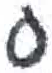
אות: ס